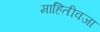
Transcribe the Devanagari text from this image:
माहितीवजा